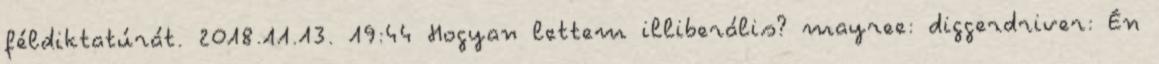
féldiktatúrát. 2018.11.13. 19:44 Hogyan lettem illiberális? mayree: diggerdriver: Én